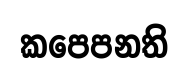
කපෙපනති